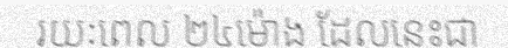
រយៈពេល ២៤ម៉ោង ដែលនេះជា